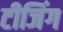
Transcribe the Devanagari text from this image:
टीजिंग